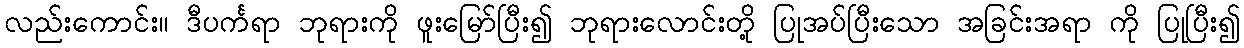
လည်းကောင်း။ ဒီပင်္ကရာ ဘုရားကို ဖူးမြော်ပြီး၍ ဘုရားလောင်းတို့ ပြုအပ်ပြီးသော အခြင်းအရာ ကို ပြုပြီး၍